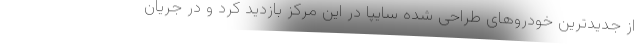
از جدیدترین خودروهای طراحی شده سایپا در این مرکز بازدید کرد و در جریان